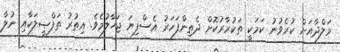
މަލްދާއަށް ކުރެވުނު ކަމަކީ ތަކުރާރުކޮށް ދެތިންފަހަރު އެސްފިޔަ ޖަހާލުމެވެ. އިތުރު ތަފްޞީލަކާއި ނުލާ